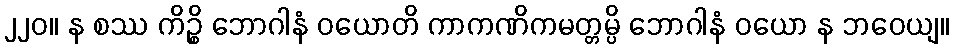
၂၂၀။ န စဿ ကိဉ္စိ ဘောဂါနံ ဝယောတိ ကာကဏိကမတ္တမ္ပိ ဘောဂါနံ ဝယော န ဘဝေယျ။